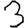
Digit: 3